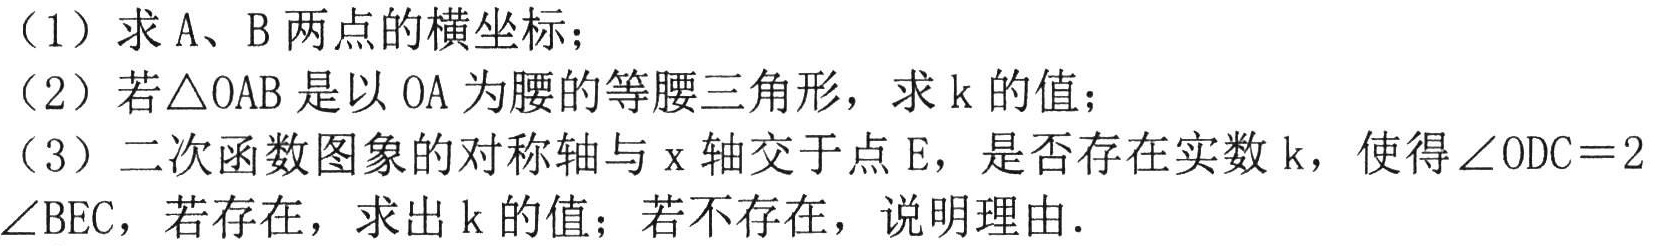
（1）求\(A、B\)两点的横坐标；
（2）若\(\triangle OAB\)是以\(OA\)为腰的等腰三角形，求\(k\)的值；
（3）二次函数图象的对称轴与\(x\)轴交于点\(E\)，是否存在实数\(k\)，使得\(\angle ODC = 2\angle BEC\)，若存在，求出\(k\)的值；若不存在，说明理由.